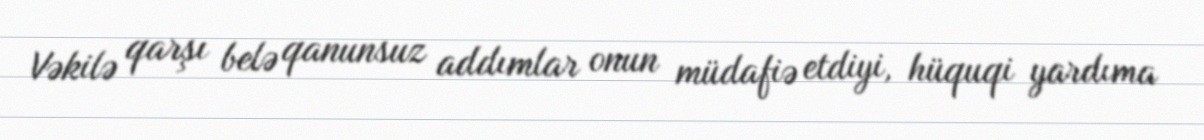
Vəkilə qarşı belə qanunsuz addımlar onun müdafiə etdiyi, hüquqi yardıma